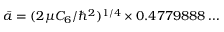
\bar { a } = ( 2 \mu C _ { 6 } / \hbar ^ { 2 } ) ^ { 1 / 4 } \times 0 . 4 7 7 9 8 8 8 \dots